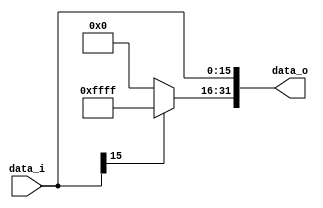
// 0613144  0613149 G

//Subject:     CO project 3 - Simple Single CPU
//--------------------------------------------------------------------------------
//Version:     1
//--------------------------------------------------------------------------------
//Writer:      0613144  0613149 G
//----------------------------------------------
//----------------------------------------------
//Description: 
//--------------------------------------------------------------------------------

module Sign_Extend(
    data_i,
    data_o
    );
               
//I/O ports
input   [16-1:0] data_i;
output  [32-1:0] data_o;

//Internal Signals
wire     [32-1:0] data_o;

//Sign extended
assign data_o[15:0] = data_i; 
assign data_o[31:16] = (data_i[15] == 1'b1)? 16'b1111111111111111:16'b0;

endmodule